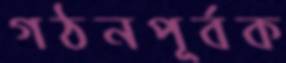
গঠনপূর্বক